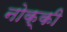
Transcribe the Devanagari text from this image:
नोक्की